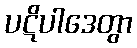
ပဋိပါဒေတွာ